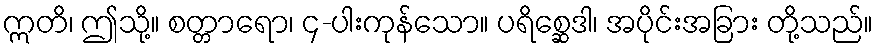
ဣတိ၊ ဤသို့။ စတ္တာရော၊ ၄-ပါးကုန်သော။ ပရိစ္ဆေဒါ၊ အပိုင်းအခြား တို့သည်။